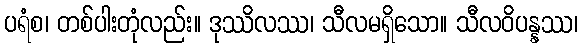
ပရံစ၊ တစ်ပါးတုံလည်း။ ဒုဿိလဿ၊ သီလမရှိသော။ သီလဝိပန္နဿ၊